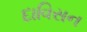
દાવિસન